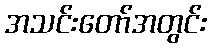
အသင်းတော်အတွင်း